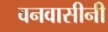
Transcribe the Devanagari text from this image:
वनवासीनी